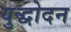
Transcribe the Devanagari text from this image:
युद्धोदन